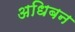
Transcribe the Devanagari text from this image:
अधिबन